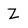
Character: Z